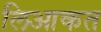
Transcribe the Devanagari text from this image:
लिआकत